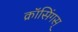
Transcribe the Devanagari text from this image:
क्रॉसिंगस्